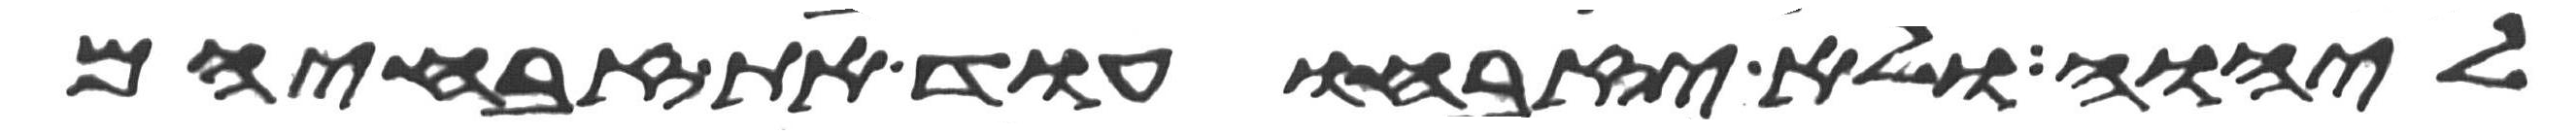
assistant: ליהוה ולא יזבחו עוד את זבחיהם